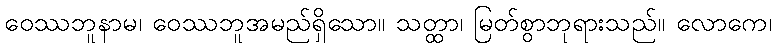
ဝေဿဘူနာမ၊ ဝေဿဘူအမည်ရှိသော။ သတ္ထာ၊ မြတ်စွာဘုရားသည်။ လောကေ၊